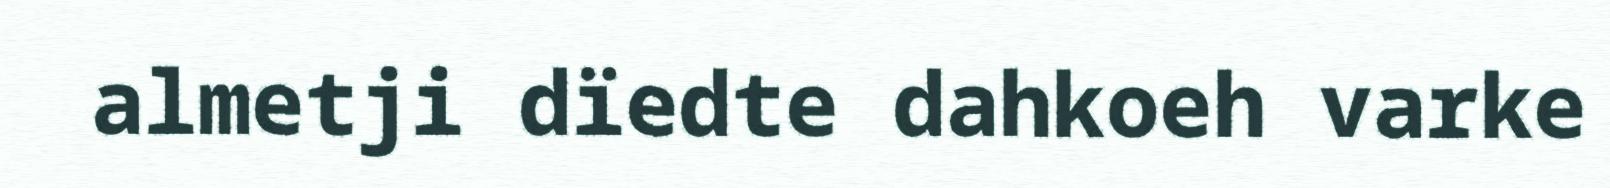
almetji dïedte dahkoeh varke